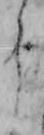
う